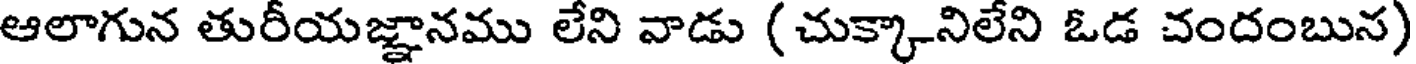
ఆలాగున తురీయజ్ఞానము లేని వాడు ( చుక్కానిలేని ఓడ చందంబున)